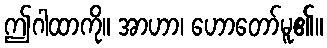
ဤဂါထာကို။ အာဟာ၊ ဟောတော်မူ၏။